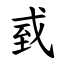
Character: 㦶